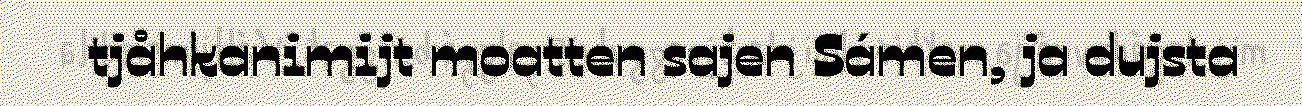
tjåhkanimijt moatten sajen Sámen, ja dujsta